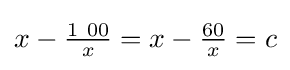
{\textstyle x-{\tfrac {1\ 00}{x}}=x-{\tfrac {60}{x}}=c}